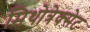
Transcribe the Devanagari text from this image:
मिथोत्रेक्सेट